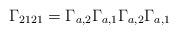
LaTeX: \begin{align*}\Gamma_{2121}=\Gamma_{a,2}\Gamma_{a,1}\Gamma_{a,2}\Gamma_{a,1}\end{align*}